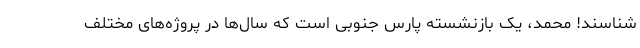
شناسند! محمد، یک بازنشسته پارس جنوبی است که سال‌ها در پروژه‌های مختلفِ